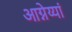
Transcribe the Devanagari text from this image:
आग्नेय्यां